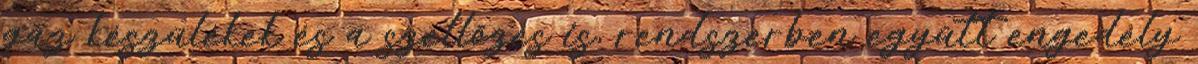
gáz készülékek és a szellőzés is, rendszerben együtt engedély